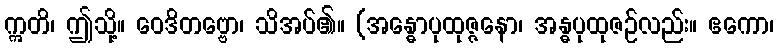
ဣတိ၊ ဤသို့။ ဝေဒိတဗ္ဗော၊ သိအပ်၏။ (အန္ဓောပုထုဇ္ဇနော၊ အန္ဓပုထုဇဉ်လည်း။ ဧကော၊